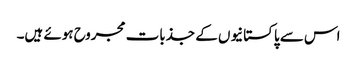
اس سے پاکستانیوں کے جذبات مجروح ہوئے ہیں۔